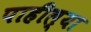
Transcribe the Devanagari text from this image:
पाहील्या